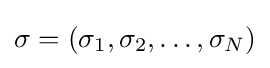
\sigma =(\sigma _{1},\sigma _{2},\dots ,\sigma _{N})